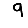
Digit: 9